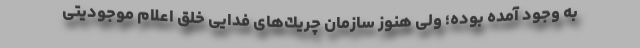
به وجود آمده بوده؛ ولی هنوز سازمان چریك‌های فدایی خلق اعلام موجودیتی